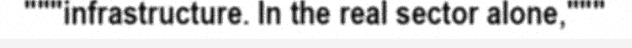
"""infrastructure. In the real sector alone,"""